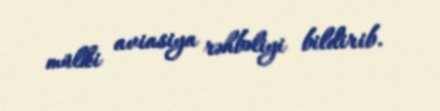
mülki aviasiya rəhbəliyi bildirib.